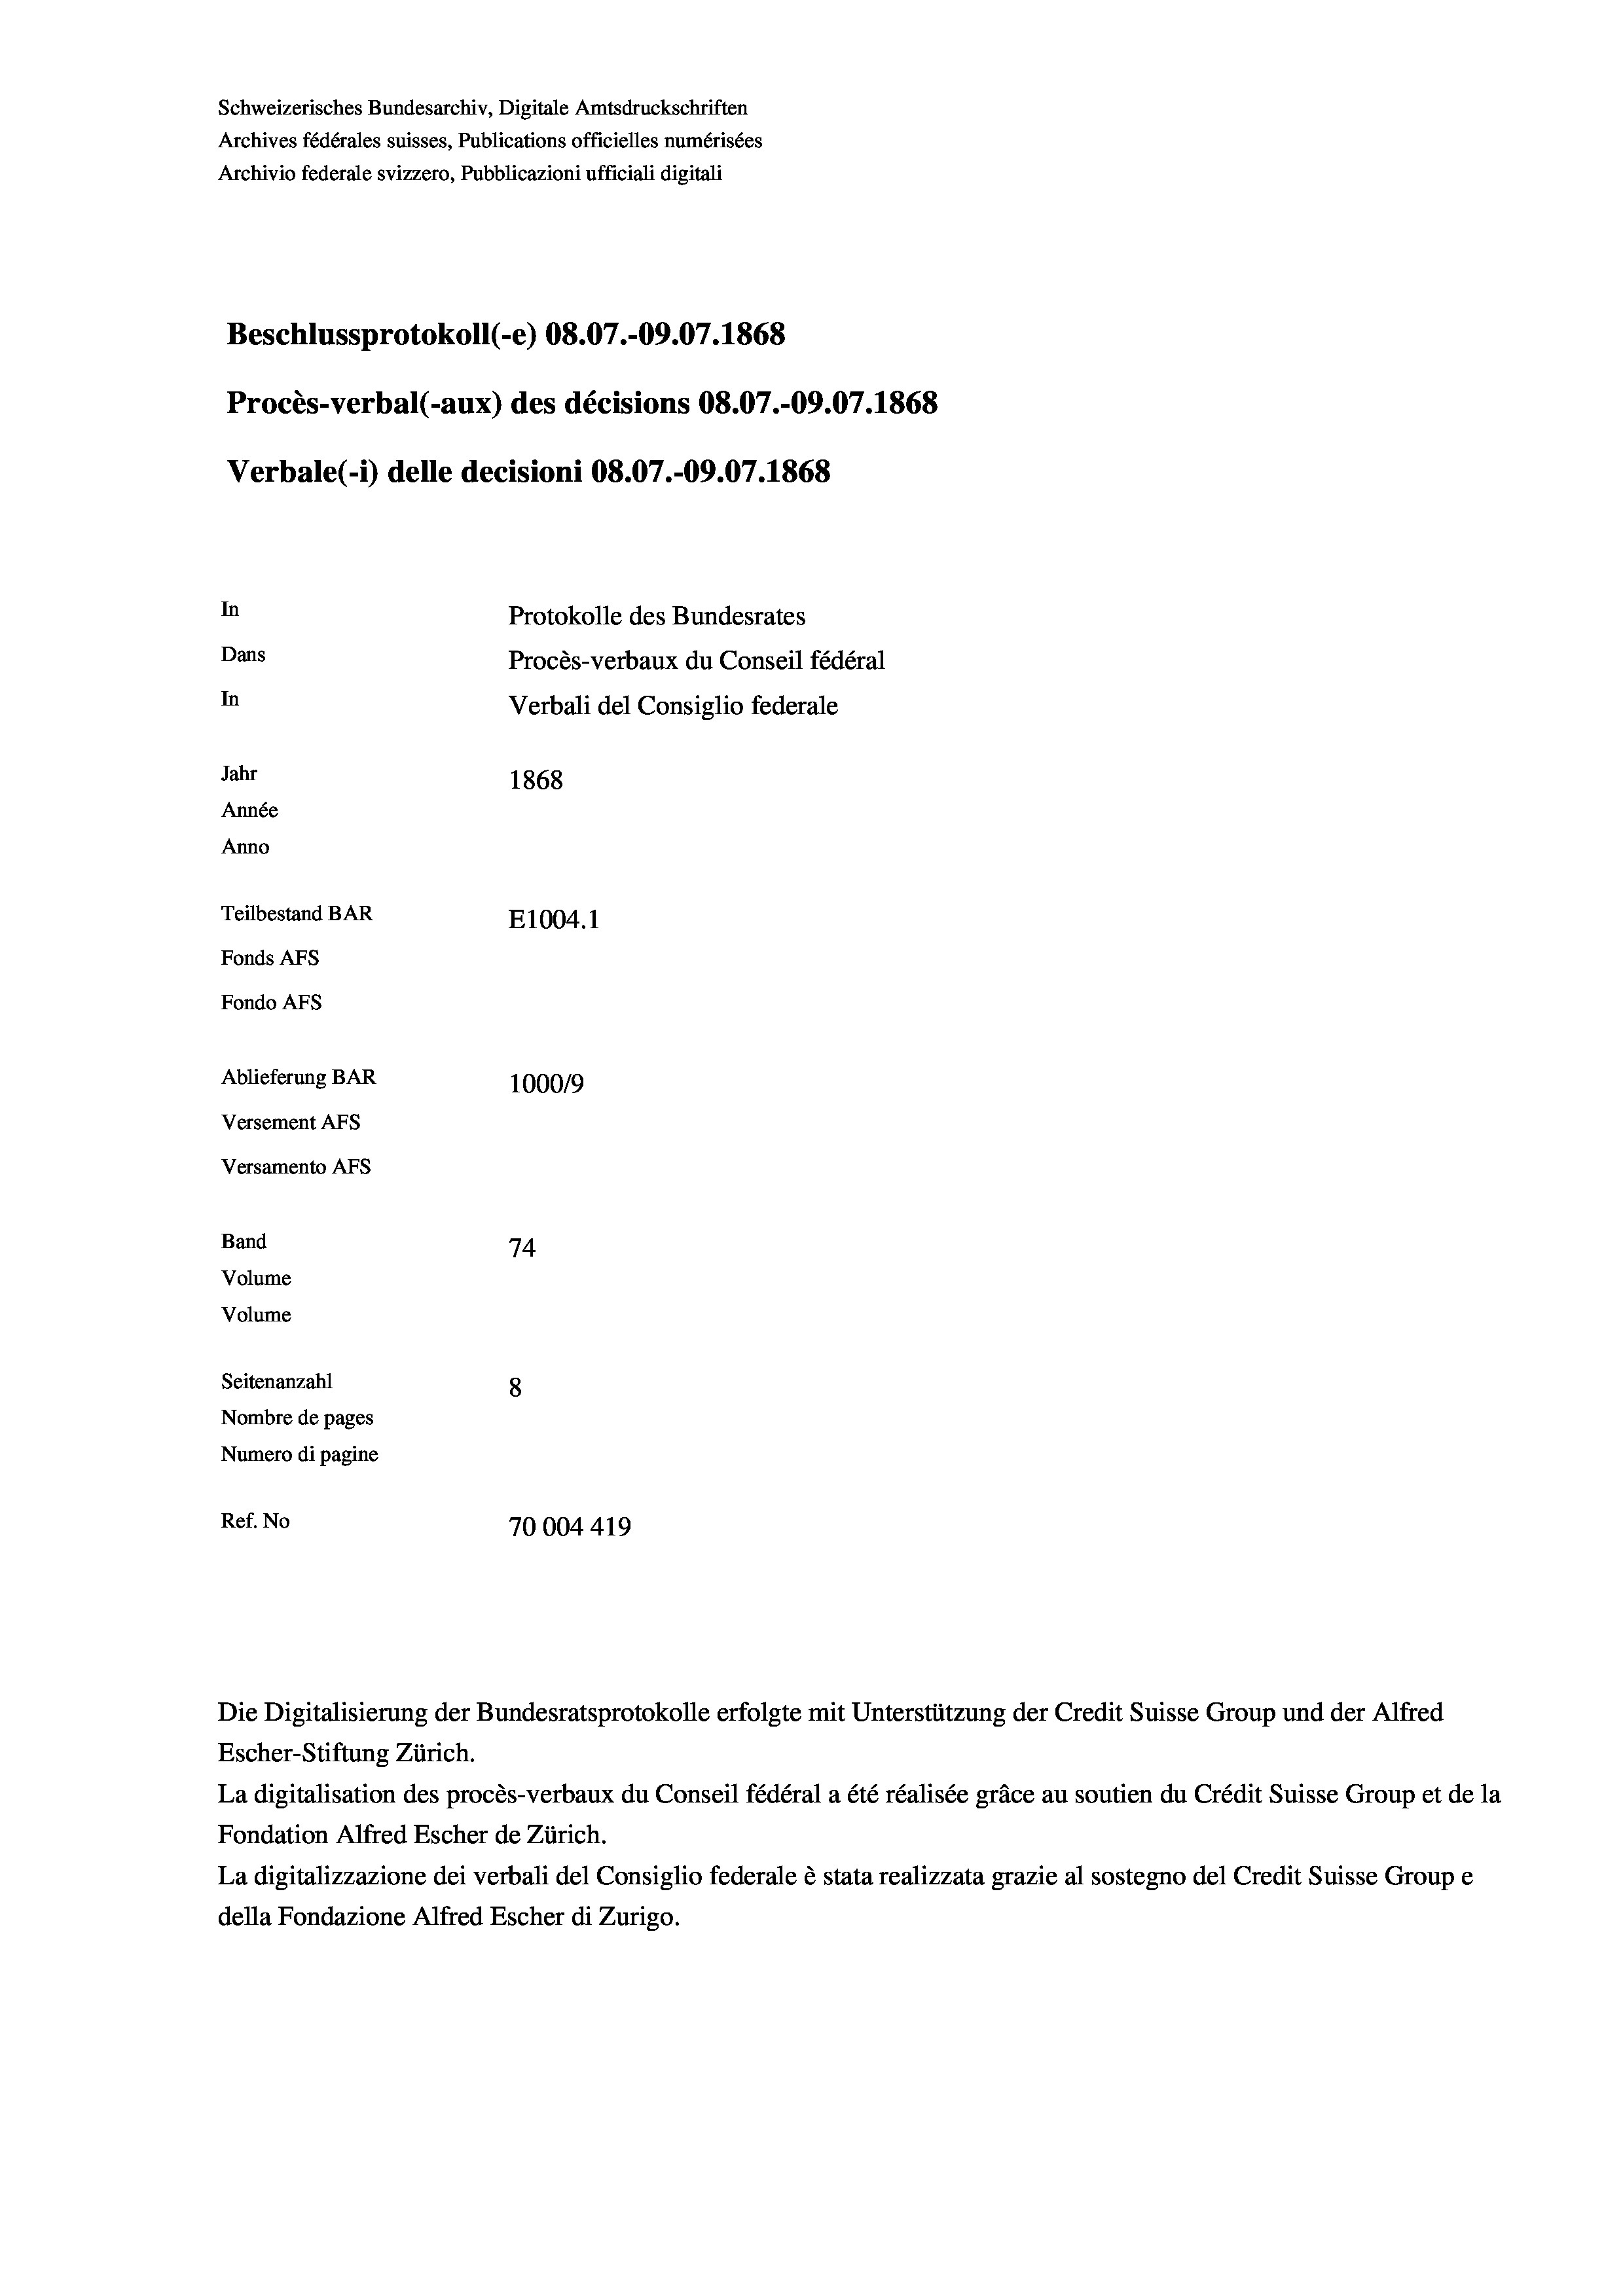
Beschlussprotokoll (-e) 08.07.-09.07. 1868
Procès-verbal (-aux) des décisions 08.07.-09.07. 1868
Verbale (- 1) delle decisioni 08.07.-09.07. 1868
In
Protokolle des Bundesrates
Dans
Procès-verbaux du Conseil fédéral
In
Verbali del Consiglio federale
Jahr
1868
Année
Anno
Teilbestand BAR
E1004. 1
Fonds AFs
Fondo AFs
Ablieferung BAR
100019
Versement AFs
Versamento Afs

74
Seitenanzahl
8
Nombre de pages
Numero di pagine
Ref. No
70004 419

Band
Volume

Volume

Die Digitalisierung der Bundesratsprotokolle erfolgte mit Unterstützung der Credit Suisse Group und der Alfred
Escher-Stiftung Zürich.
La digitalisation des procès-verbaux du Conseil fédéral a été réalisée gräce au soutien du Crédit Suisse Group et de la
Fondation Alfred Escher de Zürich.
La digitalizzazione dei verbali del Consiglio federale è stata realizzata grazie al sostegno del Credit Suisse Groupe
della Fondazione Alfred Escher di Zurigo.

Schweizerisches Bundesarchiv, Digitale Amtsdruckschriften
Archives fédérales suisses, Publications officielles numérisées
Archivio federale svizzero, Pubblicazioni ufficiali digitali